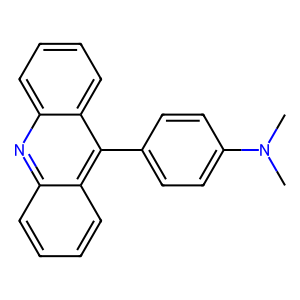
SMILES: CN(C)c1ccc(-c2c3ccccc3nc3ccccc23)cc1
Inhibits HIV replication: No